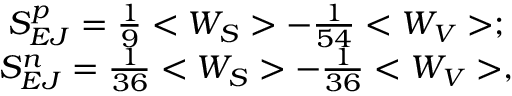
\begin{array} { c l c r } { { S _ { E J } ^ { p } = \frac { 1 } { 9 } < W _ { S } > - \frac { 1 } { 5 4 } < W _ { V } > ; } } \\ { { S _ { E J } ^ { n } = \frac { 1 } { 3 6 } < W _ { S } > - \frac { 1 } { 3 6 } < W _ { V } > , } } \end{array}